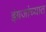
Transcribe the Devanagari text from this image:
इंग्रजांच्यात